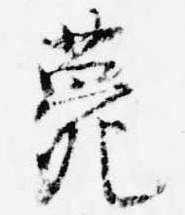
薨